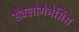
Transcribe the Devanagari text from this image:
सैक्लोगेनेसिस